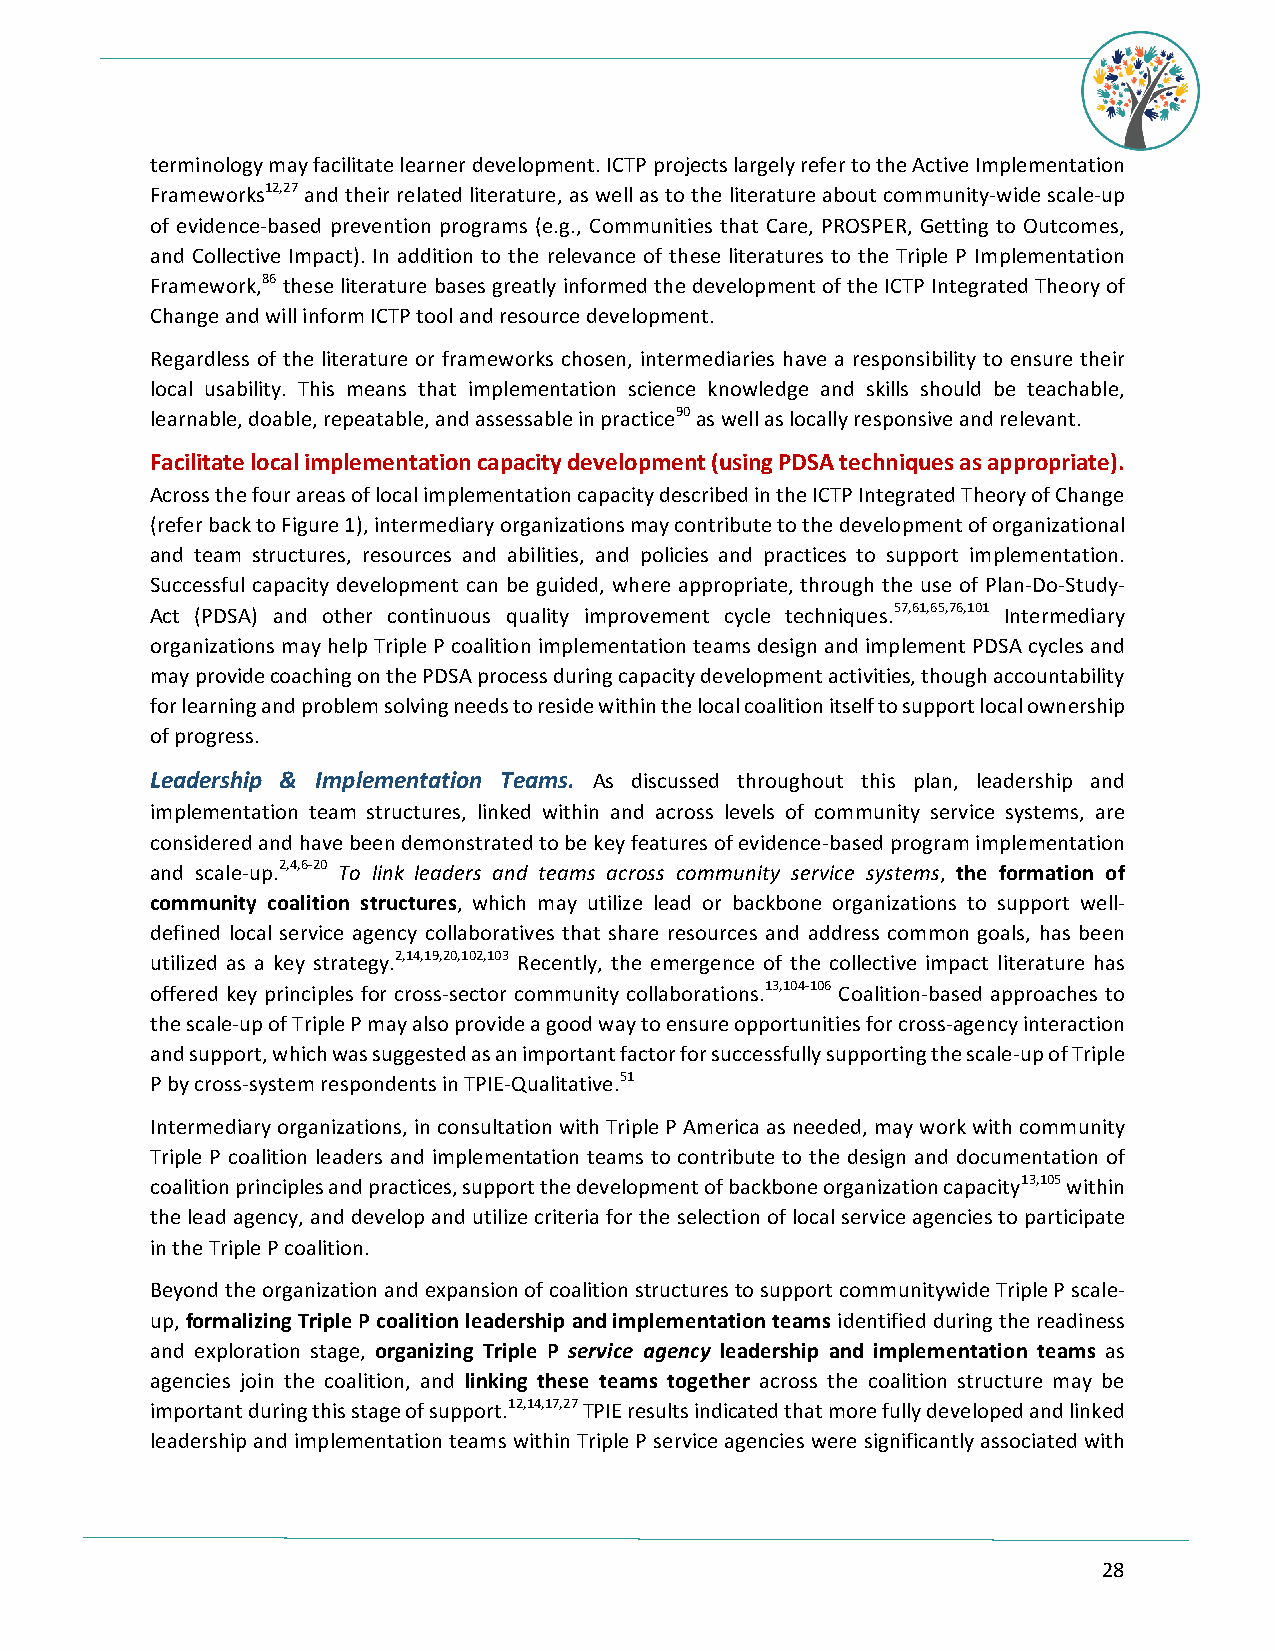
terminology may facilitate learner development. ICTP projects largely refer to the Active Implementation
 Frameworks12,27 and their related literature, as well as to the literature about community-wide scale-up
 of evidence-based prevention programs (e.g., Communities that Care, PROSPER, Getting to Outcomes,
 and Collective Impact). In addition to the relevance of these literatures to the Triple P Implementation
 Framework,86 these literature bases greatly informed the development of the ICTP Integrated Theory of
 Change and will inform ICTP tool and resource development.
 Regardless of the literature or frameworks chosen, intermediaries have a responsibility to ensure their
 local usability. This means that implementation science knowledge and skills should be teachable,
 learnable, doable, repeatable, and assessable in practice90 as well as locally responsive and relevant.
 Facilitate local implementation capacity development (using PDSA techniques as appropriate).
 Across the four areas of local implementation capacity described in the ICTP Integrated Theory of Change
 (refer back to Figure 1), intermediary organizations may contribute to the development of organizational
 and team structures, resources and abilities, and policies and practices to support implementation.
 Successful capacity development can be guided, where appropriate, through the use of Plan-Do-Study-
 Act (PDSA) and other continuous quality improvement cycle techniques.57,61,65,76,101 Intermediary
 organizations may help Triple P coalition implementation teams design and implement PDSA cycles and
 may provide coaching on the PDSA process during capacity development activities, though accountability
 for learning and problem solving needs to reside within the local coalition itself to support local ownership
 of progress.
 Leadership & Implementation Teams. As discussed throughout this plan, leadership and
 implementation team structures, linked within and across levels of community service systems, are
 considered and have been demonstrated to be key features of evidence-based program implementation
 and scale-up.2,4,6-20 To link leaders and teams across community service systems, the formation of
 community coalition structures, which may utilize lead or backbone organizations to support well-
 defined local service agency collaboratives that share resources and address common goals, has been
 utilized as a key strategy.2,14,19,20,102,103 Recently, the emergence of the collective impact literature has
 offered key principles for cross-sector community collaborations.13,104-106 Coalition-based approaches to
 the scale-up of Triple P may also provide a good way to ensure opportunities for cross-agency interaction
 and support, which was suggested as an important factor for successfully supporting the scale-up of Triple
 P by cross-system respondents in TPIE-Qualitative.51
 Intermediary organizations, in consultation with Triple P America as needed, may work with community
 Triple P coalition leaders and implementation teams to contribute to the design and documentation of
 coalition principles and practices, support the development of backbone organization capacity13,105 within
 the lead agency, and develop and utilize criteria for the selection of local service agencies to participate
 in the Triple P coalition.
 Beyond the organization and expansion of coalition structures to support communitywide Triple P scale-
 up, formalizing Triple P coalition leadership and implementation teams identified during the readiness
 and exploration stage, organizing Triple P service agency leadership and implementation teams as
 agencies join the coalition, and linking these teams together across the coalition structure may be
 important during this stage of support.12,14,17,27 TPIE results indicated that more fully developed and linked
 leadership and implementation teams within Triple P service agencies were significantly associated with
 28